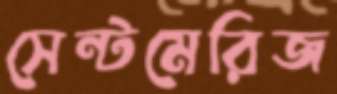
সেন্টমেরিজ